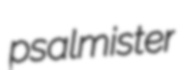
psalmister